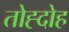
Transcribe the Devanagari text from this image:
तोह्दोह